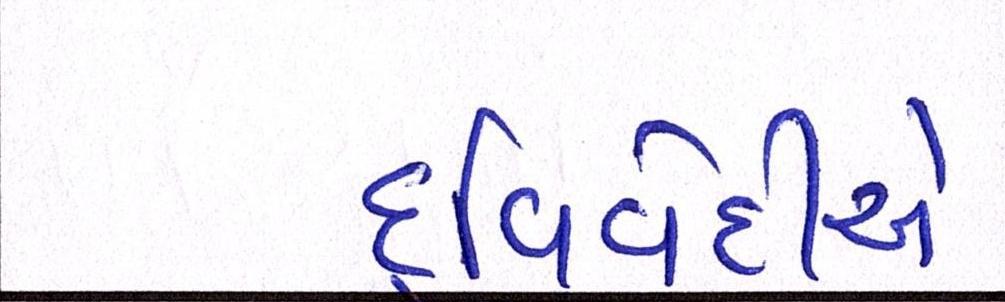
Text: દ્વિવેદીએ